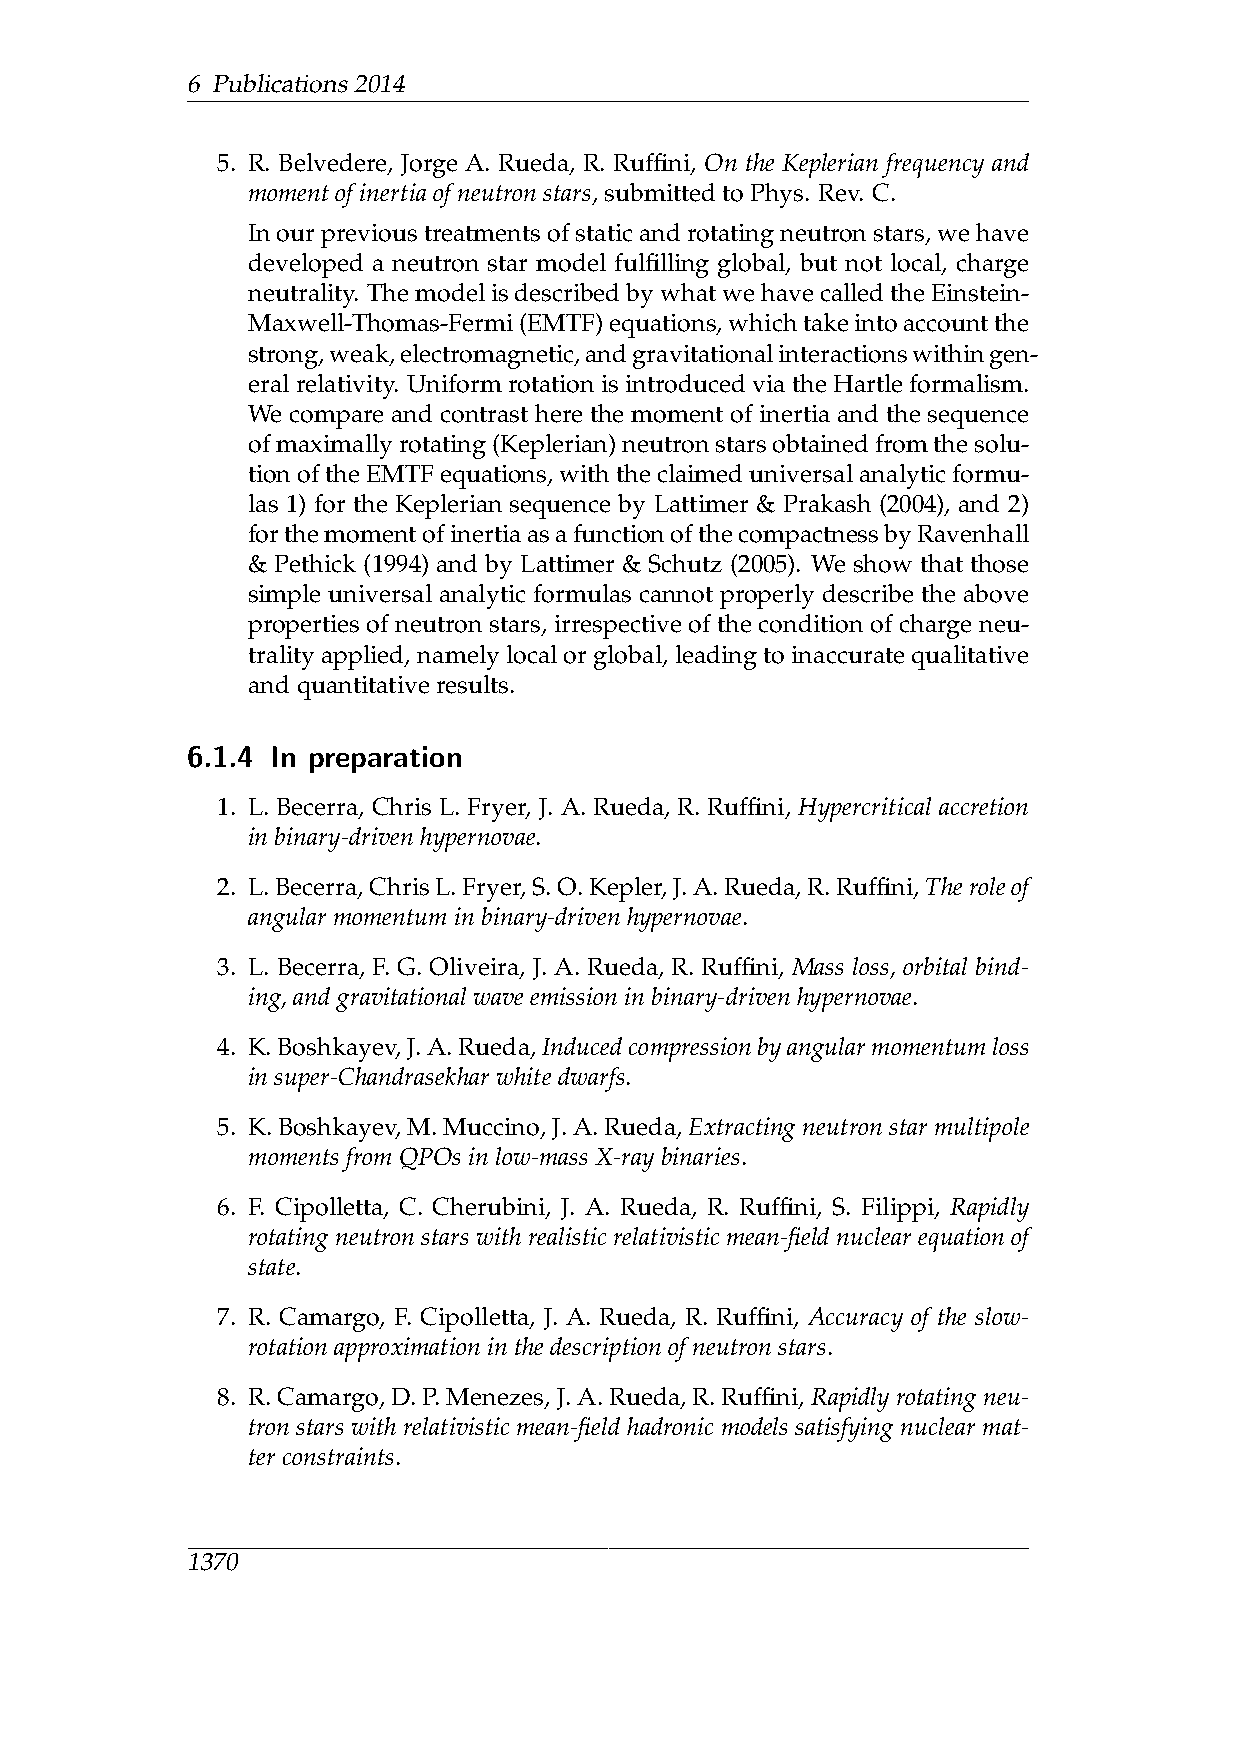
6 Publications2014
 5. R. Belvedere, Jorge A. Rueda, R. Ruffini, On the Keplerian frequency and
 momentofinertiaofneutronstars,submittedtoPhys. Rev. C.
 Inourprevioustreatmentsofstaticandrotatingneutronstars,wehave
 developed a neutron star model fulfilling global, but not local, charge
 neutrality. ThemodelisdescribedbywhatwehavecalledtheEinstein-
 Maxwell-Thomas-Fermi(EMTF)equations,whichtakeintoaccountthe
 strong,weak,electromagnetic,andgravitationalinteractionswithingen-
 eralrelativity. UniformrotationisintroducedviatheHartleformalism.
 We compare and contrast here the moment of inertia and the sequence
 ofmaximallyrotating(Keplerian)neutronstarsobtainedfromthesolu-
 tionoftheEMTFequations,withtheclaimeduniversalanalyticformu-
 las 1) for the Keplerian sequence by Lattimer & Prakash (2004), and 2)
 forthemomentofinertiaasafunctionofthecompactnessbyRavenhall
 & Pethick (1994) and by Lattimer & Schutz (2005). We show that those
 simple universal analytic formulas cannot properly describe the above
 properties of neutron stars, irrespective of the condition of charge neu-
 trality applied, namely local or global, leading to inaccurate qualitative
 andquantitativeresults.
 6.1.4 In preparation
 1. L. Becerra, Chris L. Fryer, J. A. Rueda, R. Ruffini, Hypercritical accretion
 inbinary-drivenhypernovae.
 2. L.Becerra,ChrisL.Fryer,S.O.Kepler,J.A.Rueda,R.Ruffini,Theroleof
 angularmomentuminbinary-drivenhypernovae.
 3. L. Becerra, F. G. Oliveira, J. A. Rueda, R. Ruffini, Mass loss, orbital bind-
 ing,andgravitationalwaveemissioninbinary-drivenhypernovae.
 4. K.Boshkayev,J.A.Rueda,Inducedcompressionbyangularmomentumloss
 insuper-Chandrasekharwhitedwarfs.
 5. K.Boshkayev,M.Muccino,J.A.Rueda,Extractingneutronstarmultipole
 momentsfromQPOsinlow-massX-raybinaries.
 6. F. Cipolletta, C. Cherubini, J. A. Rueda, R. Ruffini, S. Filippi, Rapidly
 rotating neutron stars withrealistic relativisticmean-field nuclearequation of
 state.
 7. R. Camargo, F. Cipolletta, J. A. Rueda, R. Ruffini, Accuracy of the slow-
 rotationapproximationinthedescriptionofneutronstars.
 8. R.Camargo,D.P.Menezes,J.A.Rueda,R.Ruffini,Rapidlyrotatingneu-
 tron starswith relativistic mean-fieldhadronic modelssatisfying nuclear mat-
 terconstraints.
 1370